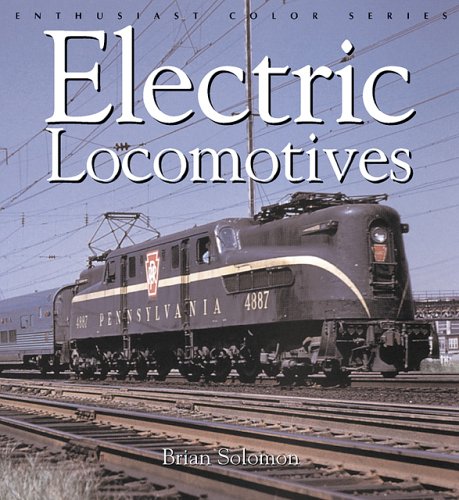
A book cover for Electric Locomotives (Enthusiast Color); Brian Solomon; Engineering & Transportation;